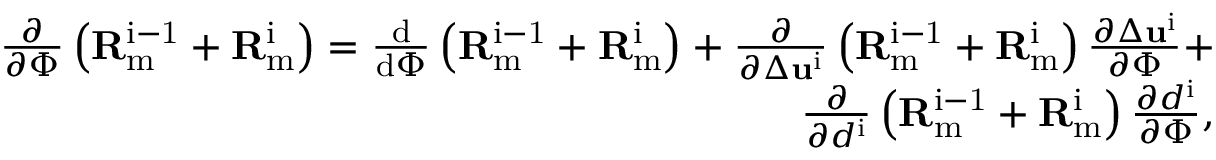
\begin{array} { r } { \frac { \partial } { \partial \Phi } \left( \mathbf { R } _ { \mathrm { m } } ^ { \mathrm { i - 1 } } + \mathbf { R } _ { \mathrm { m } } ^ { \mathrm { i } } \right) = \frac { \mathrm { d } } { \mathrm { d } \Phi } \left( \mathbf { R } _ { \mathrm { m } } ^ { \mathrm { i - 1 } } + \mathbf { R } _ { \mathrm { m } } ^ { \mathrm { i } } \right) + \frac { \partial } { \partial \Delta { { \mathbf { u } } ^ { \mathrm { i } } } } \left( \mathbf { R } _ { \mathrm { m } } ^ { \mathrm { i - 1 } } + \mathbf { R } _ { \mathrm { m } } ^ { \mathrm { i } } \right) \frac { \partial \Delta { { \mathbf { u } } ^ { \mathrm { i } } } } { \partial \Phi } + } \\ { \frac { \partial } { \partial { { d } ^ { \mathrm { i } } } } \left( \mathbf { R } _ { \mathrm { m } } ^ { \mathrm { i - 1 } } + \mathbf { R } _ { \mathrm { m } } ^ { \mathrm { i } } \right) \frac { \partial { { d } ^ { \mathrm { i } } } } { \partial \Phi } , } \end{array}